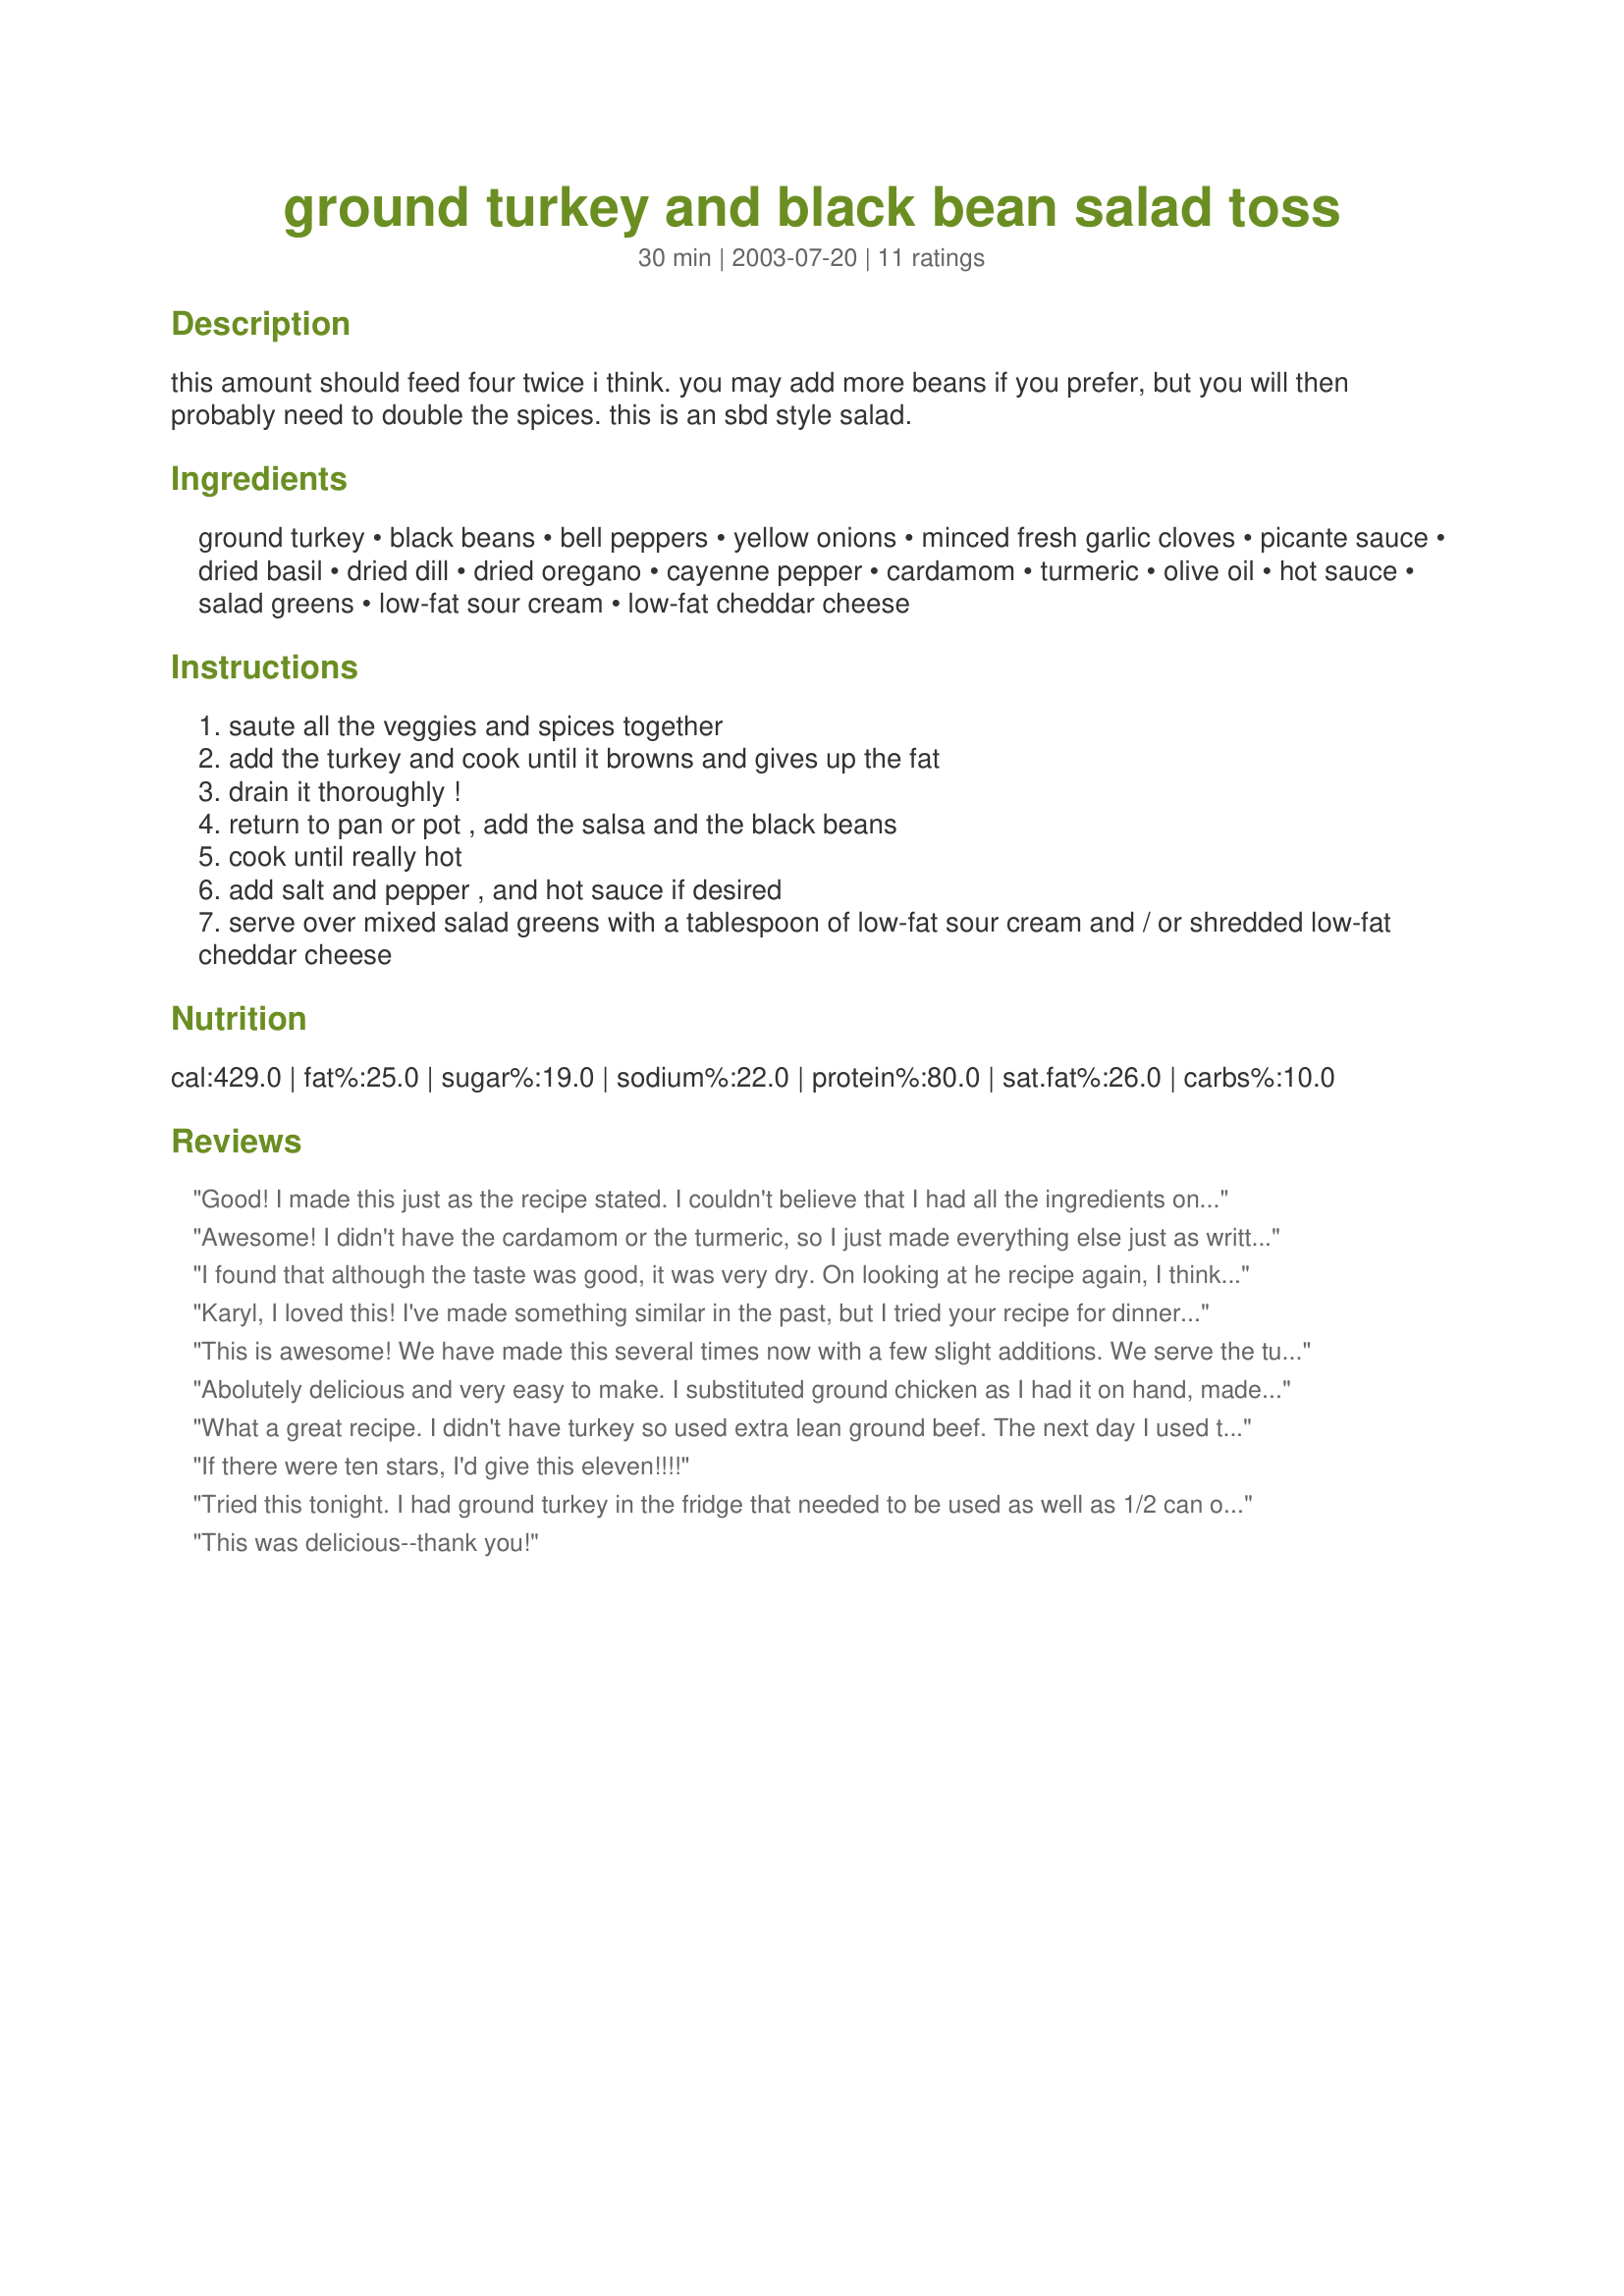
ground turkey and black bean salad toss
Preparation time: 30 minutes

this amount should feed four twice i think. you may add more beans if you prefer, but you will then probably need to double the spices. this is an sbd style salad.

Ingredients:
ground turkey, black beans, bell peppers, yellow onions, minced fresh garlic cloves, picante sauce, dried basil, dried dill, dried oregano, cayenne pepper, cardamom, turmeric, olive oil, hot sauce, salad greens, low-fat sour cream, low-fat cheddar cheese

Steps:
saute all the veggies and spices together
add the turkey and cook until it browns and gives up the fat
drain it thoroughly !
return to pan or pot , add the salsa and the black beans
cook until really hot
add salt and pepper , and hot sauce if desired
serve over mixed salad greens with a tablespoon of low-fat sour cream and / or shredded low-fat cheddar cheese

Reviews:
Good! I made this just as the recipe stated. I couldn't believe that I had all the ingredients on hand, except for the bell peppers. I really enjoyed this with the different herbs and spices. Nothing was overpowering, just well balanced and tasty. I added a few crumbled corn chips, fresh tomatoes, and salsa for a wonderful taco like salad. This filling can be used for so many different dishes (nachos, tacos, tiny meat pie filling etc). Because of the amounts of bell peppers and onions I will probably use diced canned Mexican style tomatoes next time instead of the salsa picante sauce.
Awesome! I didn't have the cardamom or the turmeric, so I just made everything else just as written and my husband ate nearly all of it himself!! This is a certain keeper!!
I found that although the taste was good, it was very dry. On looking at he recipe again, I think that it may be because I used ground turkey breast!
Karyl, I loved this! I've made something similar in the past, but I tried your recipe for dinner tonight, and it was so much better than the concoction I'd made previously. Such depth of flavor--the combination of herbs and spices was spot on.

BTW, I followed you over here from the SBD board where you know me as JLo's Bridesmaid (Lucy). You have such wonderful recipes. :)
This is awesome! We have made this several times now with a few slight additions. We serve the turkey and black bean mixture over shredded romaine lettuce, diced roma tomatoes, chopped cilantro, chopped green onion and sliced black olives. Then, we top the turkey/bean mixuture with 2% sharp cheddar cheese and my homemade low fat chipotle ranch dressing. Yummy and better than any restaurant quality full fat taco salad. Thanks Karyl Lee!
Abolutely delicious and very easy to make. I substituted ground chicken as I had it on hand, made it the day before to let the flavours blend, and then gently warmed it before serving over the salad greens. Great for lunch or dinner and very filling. Both my husband and son are still raving about it!
What a great recipe. I didn't have turkey so used extra lean ground beef. The next day I used the leftovers (minus the lettuce) like you would Cincinatti Chili. I put cooked spaghetti on the bottom, then the turkey mixture and topped it with cheddar cheese. My husband loved it.
If there were ten stars, I'd give this eleven!!!!
Tried this tonight. I had ground turkey in the fridge that needed to be used as well as 1/2 can of blackbeans and a bag of romaine salad; as well as all of the other ingredients (I always have the spice for everything- I'm a spice nut. It was really good. I did not have low fat cheddar so I used regular. Other than that I made no subsitutions. Thanks for a great recipe. I'll send the picture tomorrow. 

I actually added a lot of hot sauce (Franks); I love spice, and as usual I estimated on the spices. I don't even know where my measuring spoons are anymore; I do have a good eye for the amounts so I would have been very close.

This is definitely a keeper. My husband suggested we use the leftovers with fajitta's tomorrow so he obviously liked it.
This was delicious--thank you!
This is an excellent, easy recipe. I served it as do-it-yourself salad and pasta bar. Choices included thin spaghetti or torn green leaf lettuce, cheddar cheese, sour cream, and minced red onion. My husband and I loved it. I look forward to enjoying the leftovers!
